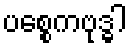
ပစ္စေကဗုဒ္ဓါ